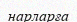
нарларға